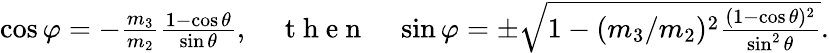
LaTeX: \begin{array}{r}{\cos\varphi=-\frac{m_{3}}{m_{2}}\frac{1-\cos\theta}{\sin\theta},\quad\mathrm{~t~h~e~n~}\quad\sin\varphi=\pm\sqrt{1-(m_{3}/m_{2})^{2}\frac{(1-\cos\theta)^{2}}{\sin^{2}\theta}}.}\end{array}